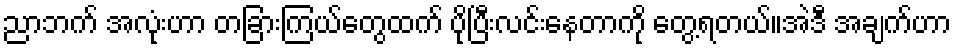
ညာဘက် အလုံးဟာ တခြားကြယ်တွေထက် ပိုပြီးလင်းနေတာကို တွေ့ရတယ်။အဲဒီ အချက်ဟာ